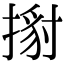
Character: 𢱹